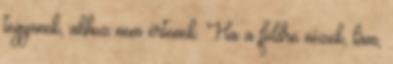
tegyenek, ahhoz nem értenek. Ha a földre nézek, lám,